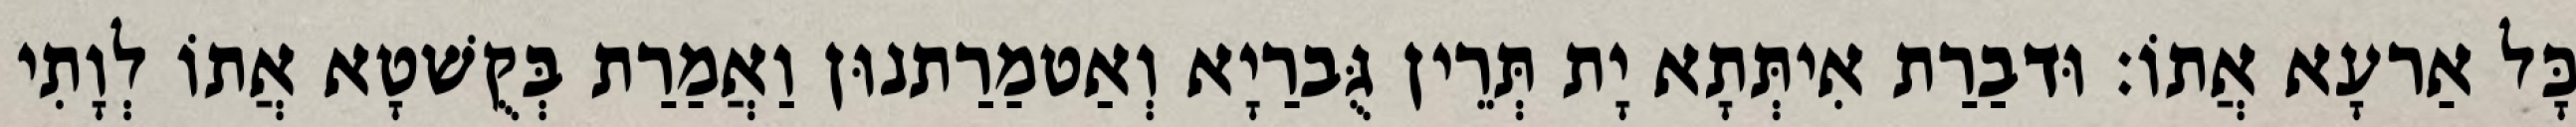
כָּל אַרעָא אֲתוֹ׃ וּדבַרַת אִיתְּתָא יָת תְּרֵין גֻּברַיָא וְאַטמַרַתנוּן וַאֲמַרַת בְּקֻשׁטָא אֲתוֹ לְוָתִי